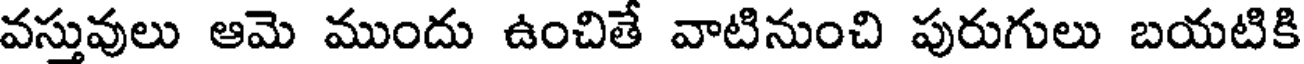
వస్తువులు ఆమె ముందు ఉంచితే వాటినుంచి పురుగులు బయటికి